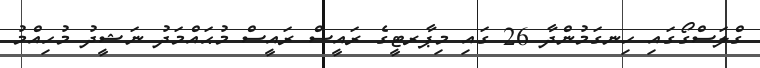
ގްލަސްގޯގައި ހިނގަމުންދާ 26 ގައި މިޕާރޓީގެ ރައީސް ރައީސް މުޙައްމަދު ނަޝީދު މުހިއްމު